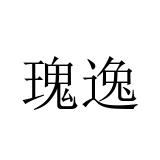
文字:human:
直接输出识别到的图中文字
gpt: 瑰逸